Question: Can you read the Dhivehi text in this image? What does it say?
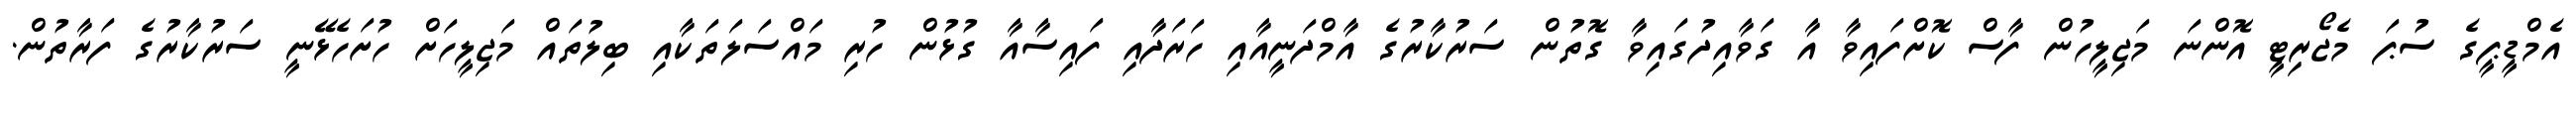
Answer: އެމްޑީޕީގެ ސުޕަ މެޖޯރިޓީ އޮންނަ މަޖިލީހުން ފާސް ކޮށްފައިވާ އާ ގަވާއިދުގައިވާ ގޮތުން ސަރުކާރުގެ އާމްދަނީއާއި ހަރަދާއި ފައިސާއާ ގުޅުން ހުރި މައްސަލަތަކާއި ބިލުތައް މަޖިލީހަށް ހުށަހެޅޭނީ ސަރުކާރުގެ ފަރާތުން.